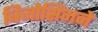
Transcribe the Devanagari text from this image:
बिजोसिंगने